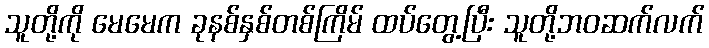
သူတို့ကို မေမေက ခုနစ်နှစ်တစ်ကြိမ် ထပ်တွေ့ပြီး သူတို့ဘဝဆက်လက်